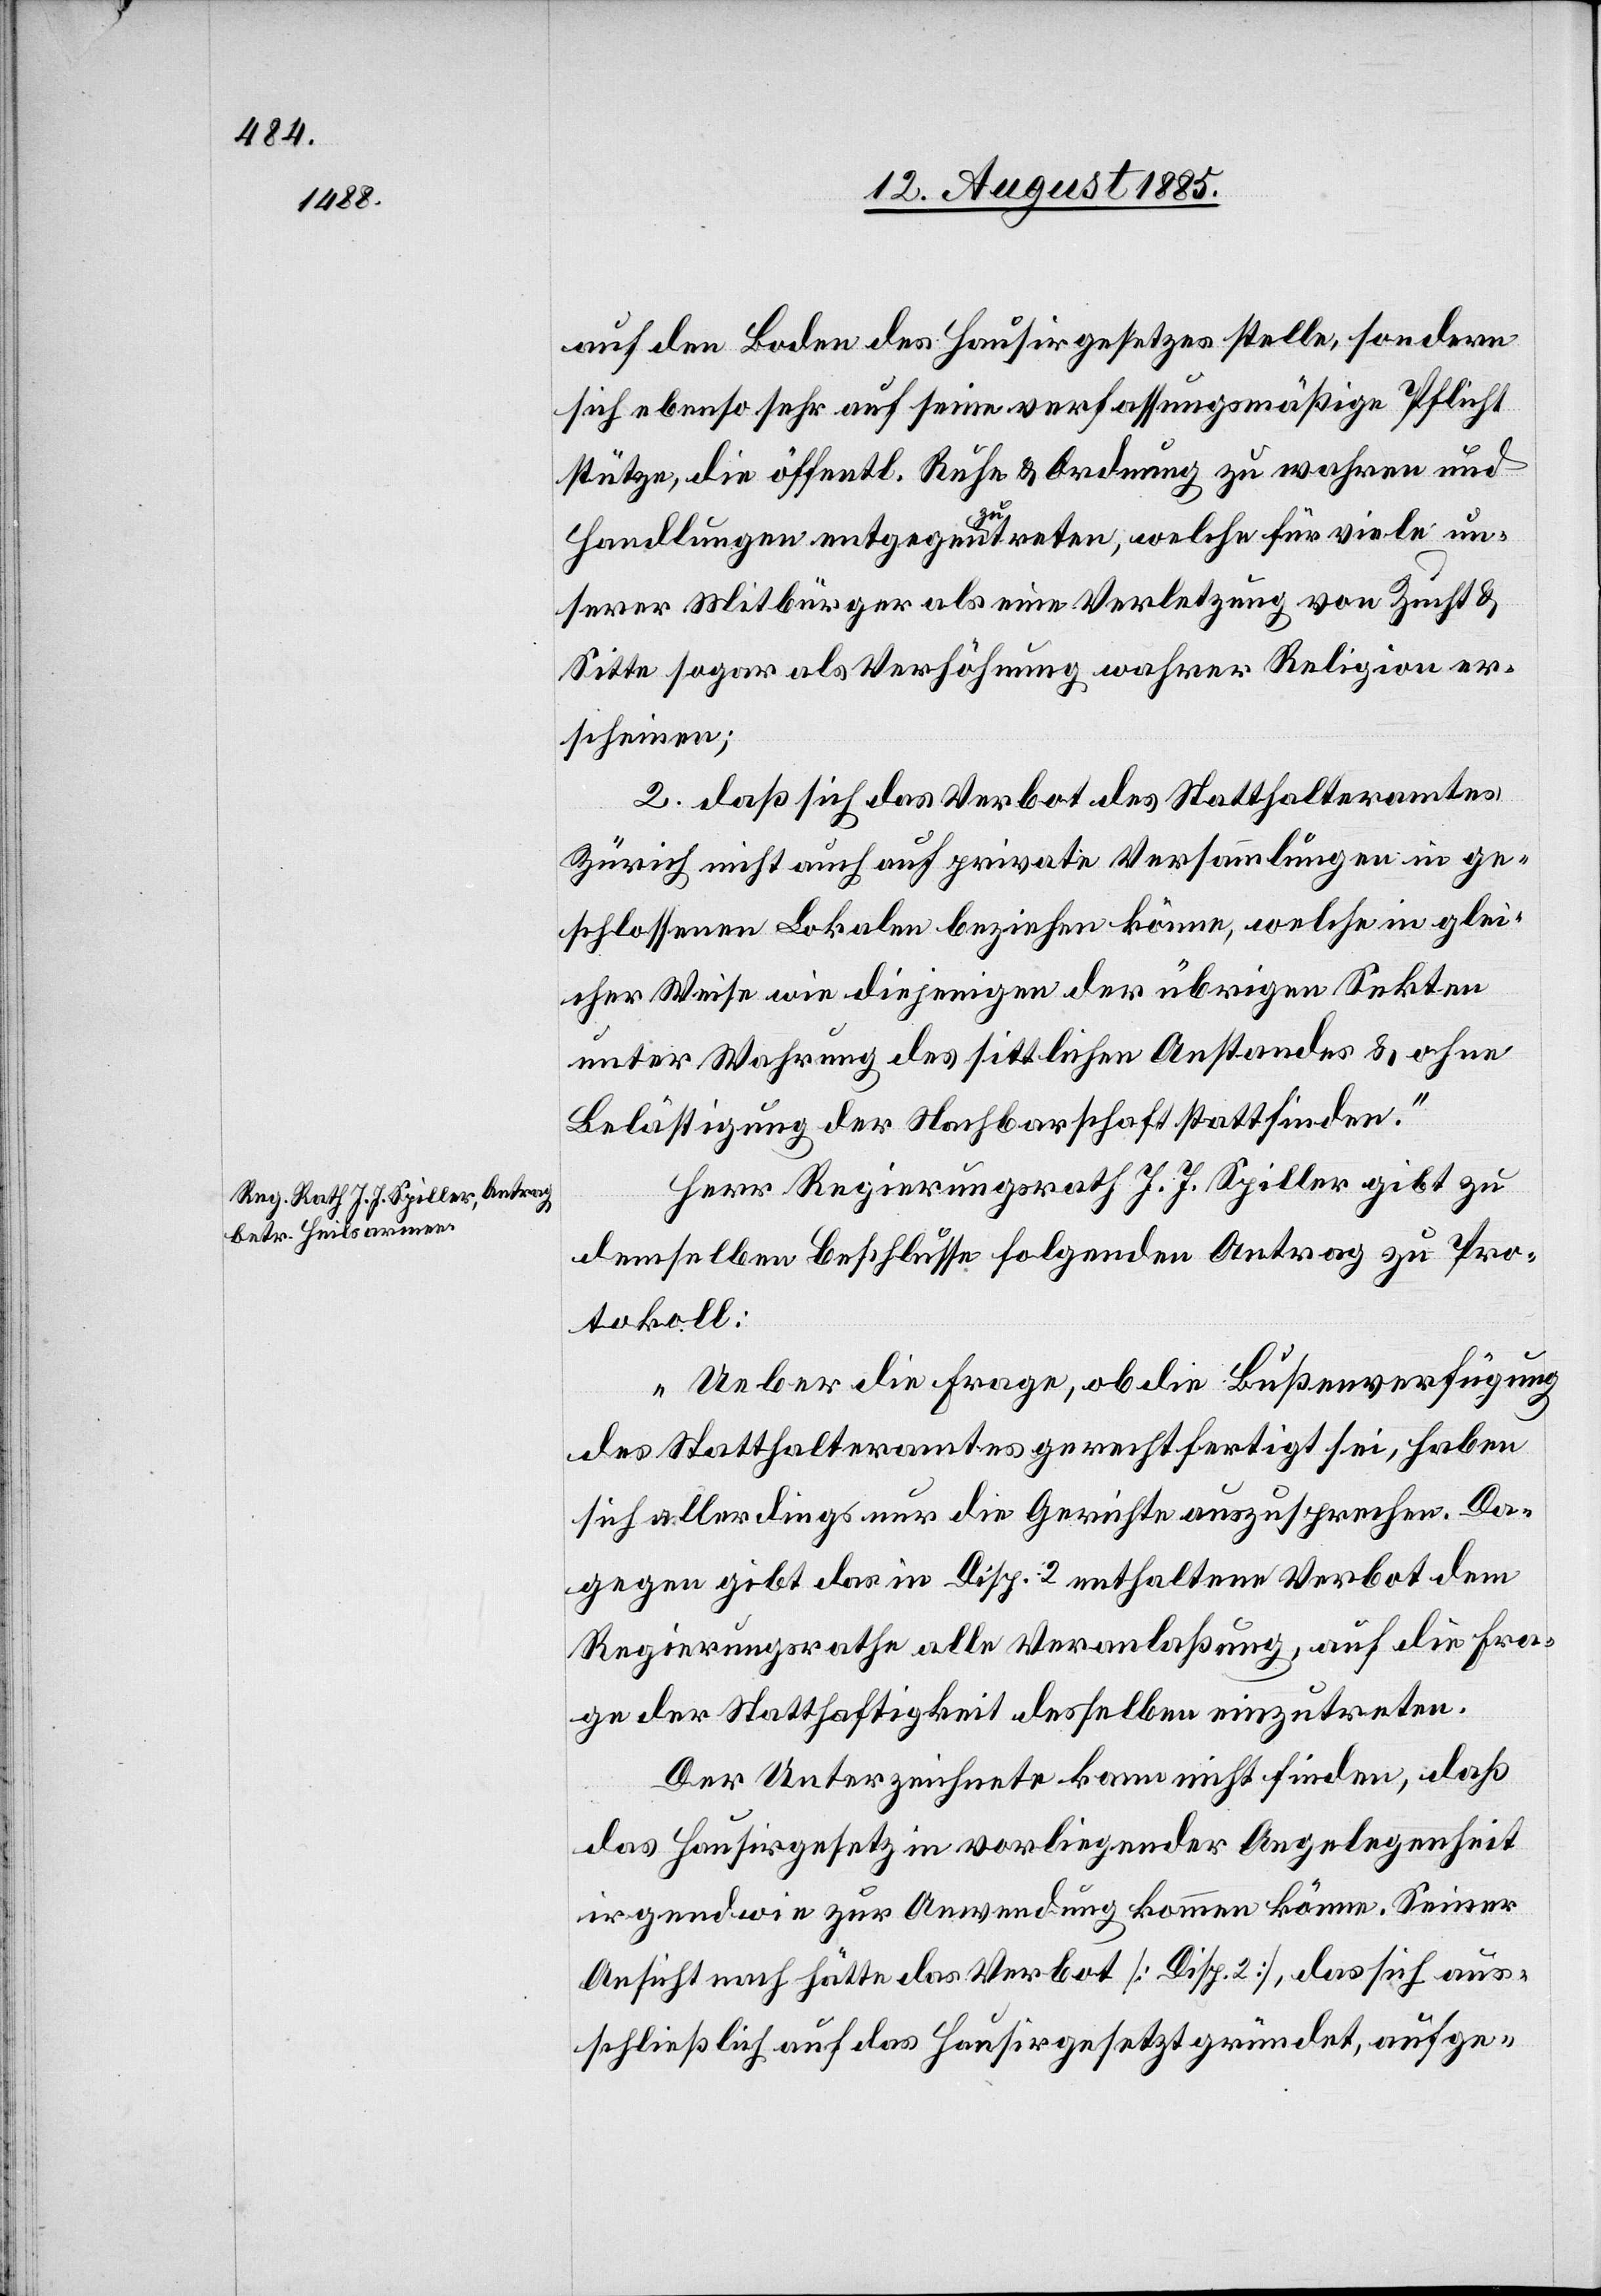
auf den Boden des Hausirgesetzes stelle, sondern
sich ebenso sehr auf seine verfassungsmäßige Pflicht
stütze, die öffentl. Ruhe & Ordnung zu wahren und
Handlungen entgegen zu treten, welche für viele un¬
serer Mitbürger als eine Verletzung von Zucht &
Sitte sogar als Verhöhnung wahrer Religion er¬
scheinen;
2. daß sich das Verbot des Statthalteramtes
Zürich nicht auch auf private Versammlungen in ge¬
schlossenen Lokalen beziehen könne, welche in glei¬
cher Weise wie diejenigen der übrigen Sekten
unter Wahrung des sittlichen Anstandes & ohne
Belästigung der Nachbarschaft stattfinden.“